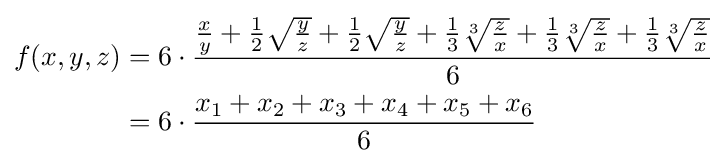
{\begin{aligned}f(x,y,z)&=6\cdot {\frac {{\frac {x}{y}}+{\frac {1}{2}}{\sqrt {\frac {y}{z}}}+{\frac {1}{2}}{\sqrt {\frac {y}{z}}}+{\frac {1}{3}}{\sqrt[{3}]{\frac {z}{x}}}+{\frac {1}{3}}{\sqrt[{3}]{\frac {z}{x}}}+{\frac {1}{3}}{\sqrt[{3}]{\frac {z}{x}}}}{6}}\\&=6\cdot {\frac {x_{1}+x_{2}+x_{3}+x_{4}+x_{5}+x_{6}}{6}}\end{aligned}}